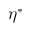
\eta ^ { \ast }